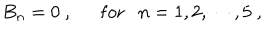
B _ { n } = 0 \ , \mathrm { f o r } n = 1 , 2 , \cdots , 5 \ ,